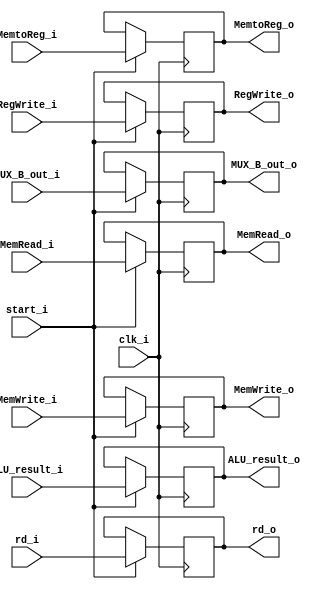
module EX_MEM (
    input clk_i,
    input start_i,

    input RegWrite_i,
    input MemtoReg_i,
    input MemRead_i,
    input MemWrite_i,
    input [31:0] ALU_result_i,
    input [31:0] MUX_B_out_i, // unknown
    input [4:0] rd_i,

    output RegWrite_o,
    output MemtoReg_o,
    output MemRead_o,
    output MemWrite_o,
    output [31:0] ALU_result_o,
    output [31:0] MUX_B_out_o,
    output [4:0] rd_o
);

reg RegWrite_o;
reg MemtoReg_o;
reg MemRead_o;
reg MemWrite_o;
reg [31:0] ALU_result_o;
reg [31:0] MUX_B_out_o;
reg [4:0] rd_o;


always @(posedge clk_i) begin
    // 不知道能不能這樣寫
    if (start_i) begin
        RegWrite_o <= RegWrite_i;
        MemtoReg_o <= MemtoReg_i;
        MemRead_o <= MemRead_i;
        MemWrite_o <= MemWrite_i;
        ALU_result_o <= ALU_result_i;
        MUX_B_out_o <= MUX_B_out_i;
        rd_o <= rd_i;
    end
end
endmodule